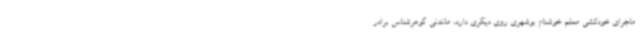
ماجرای خودکشی معلم خوشنام بوشهری روی دیگری دارد، ماندنی گوهرشناس برادر